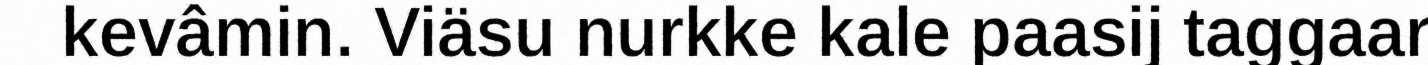
kevâmin. Viäsu nurkke kale paasij taggaar